Annual administration and progress report of the Indian Medical Department, Bombay
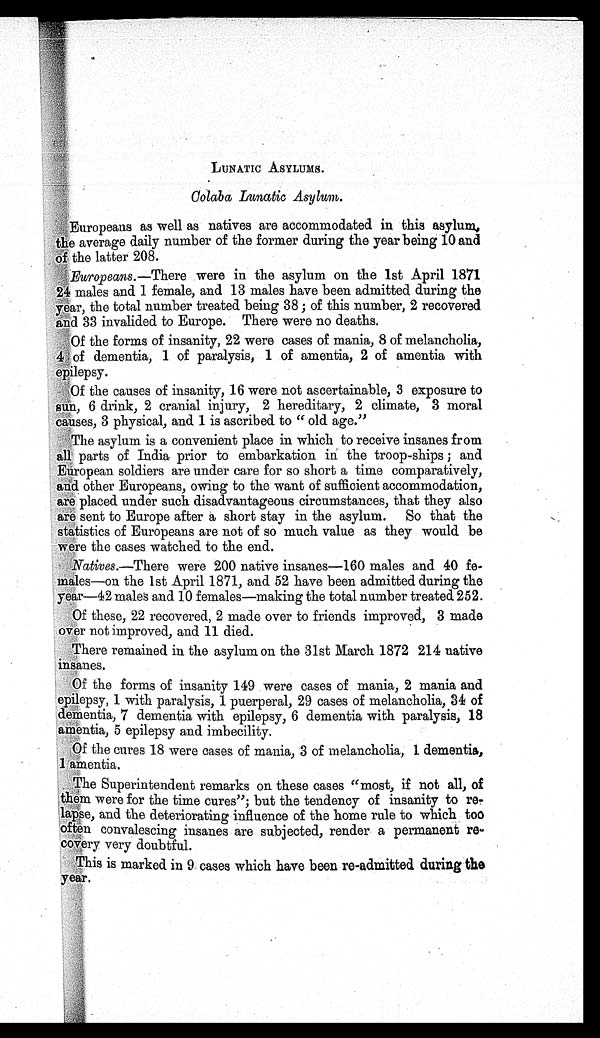
LUNATIC ASYLUMS.
Colaba Lunatic Asylum
.
Europeans as well as natives are accommodated in this asylum,
the average daily number of the former during the year being 10 and
of the latter 208.
Europeans. —There were in the asylum on the 1st April 1871
24 males and 1 female, and 13 males have been admitted during the
year, the total number treated being 38; of this number, 2 recovered
and 33 invalided to Europe. There were no deaths.
Of the forms of insanity, 22 were cases of mania, 8 of melancholia,
4 of dementia, 1 of paralysis, 1 of amentia, 2 of amentia with
epilepsy.
O f the causes of insanity, 16 were not ascertainable, 3 exposure to
sun, 6 drink, 2 cranial injury, 2 hereditary, 2 climate, 3 moral
c auses, 3 physical, and 1 is ascribed to "old age."
The asylum is a convenient place in which to receive insanes from
all parts of India prior to embarkation in the troop-ships; and
European soldiers are under care for so short a time comparatively,
and other Europeans, owing to the want of sufficient accommodation,
are placed under such disadvantageous circumstances, that they also
are sent to Europe after a short stay in the asylum. So that the
statistics of Europeans are not of so much value as they would be
were the cases watched to the end.
Natives.—There were 200 native insanes—160 males and 40 fe-
males—on the 1st April 1871, and 52 have been admitted during the
year—42 males and 10 females—making the total number treated 252.
Of these, 22 recovered, 2 made over to friends improved, 3 made
over not improved, and 11 died.
There remained in the asylum on the 31st March 1872 214 native
insanes.
Of the forms of insanity 149 were cases of mania, 2 mania and
epilepsy, 1 with paralysis, 1 puerperal, 29 cases of melancholia, 34 of
dementia, 7 dementia with epilepsy, 6 dementia with paralysis, 18
amentia, 5 epilepsy and imbecility.
Of the cures 18 were cases of mania, 3 of melancholia, 1 dementia,
1 amentia.
The Superintendent remarks on these cases "most, if not all, of
t h e m w e r e f o r t h e t i m e c u r e s " ; b u t t h e t e n d e n c y o f i n s a n i t y t o
re-
lapse, a n d t h e d e t e r i o r a t i n g i n f l u e n c e o f t h e h o m e r u l e t o w h i c h t o o
o f t e n c o n v a l e s c i n g i n s a n e s a r e s u b j e c t e d , r e n d e r a p e r m a n e n t
r e -
covery very doubtful.
This is marked in 9 cases which have been re-admitted during t he
year.